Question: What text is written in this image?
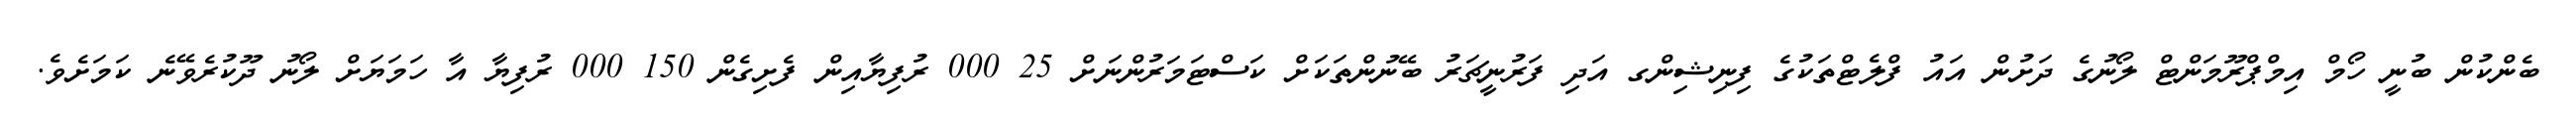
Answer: ބެންކުން ބުނީ ހޯމް އިމްޕްރޫމަންޓް ލޯނުގެ ދަށުން އައު ފްލެޓްތަކުގެ ފިނިޝިންގ އަދި ފަރުނީޗަރު ބޭނުންތަކަށް ކަސްޓަމަރުންނަށް 25 000 ރުފިޔާއިން ފެށިގެން 150 000 ރުފިޔާ އާ ހަމަޔަށް ލޯނު ދޫކުރެވޭނެ ކަމަށެވެ.